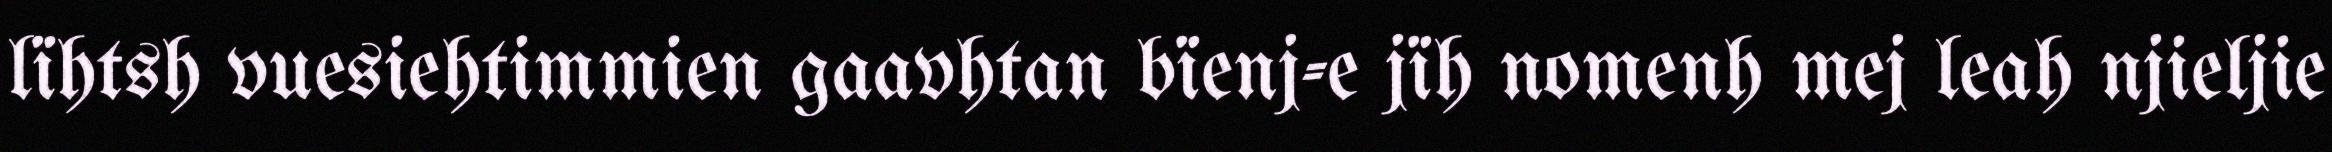
lïhtsh vuesiehtimmien gaavhtan bïenj-e jïh nomenh mej leah njieljie